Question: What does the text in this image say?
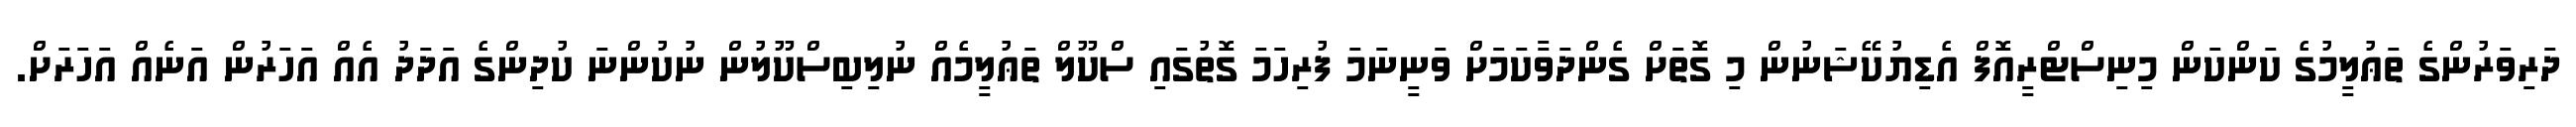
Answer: ދަރިވަރުންގެ ތަޢުލީމުގެ ކަންކަން މިނިސްޓްރީއޮފް އެޑިޔުކޭޝަނުން މި ގޮތަށް ގެންދަވާކަމަށް ވަނީނަމަ ފުރިހަމަ ގޮތުގައި ސްކޫލް ތަޢުލީމެއް ނުލިބިސްކޫލުން ނުކުންނަ ކުދިންގެ އަދަދު އެއް އަހަރުން އަނެއް އަހަރަށް.